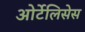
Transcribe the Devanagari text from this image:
ओर्टेलिसेस